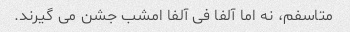
متاسفم، نه اما آلفا فی آلفا امشب جشن می گیرند.